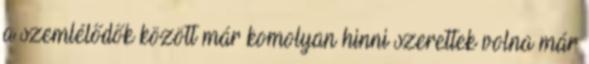
a szemlélődők között már komolyan hinni szerettek volna már